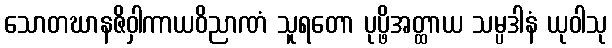
သောတဃာနဇိဝှါကာယဝိညာဏံ သူရတော ပုပ္ဖိအတ္ထာယ သမ္ပဒါနံ ယုဝါသု